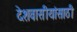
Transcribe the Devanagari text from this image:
देशवासीयांसाठी